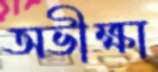
অভীক্ষা